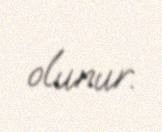
olunur.